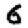
Digit: 6